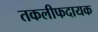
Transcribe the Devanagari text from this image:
तकलीफदायक